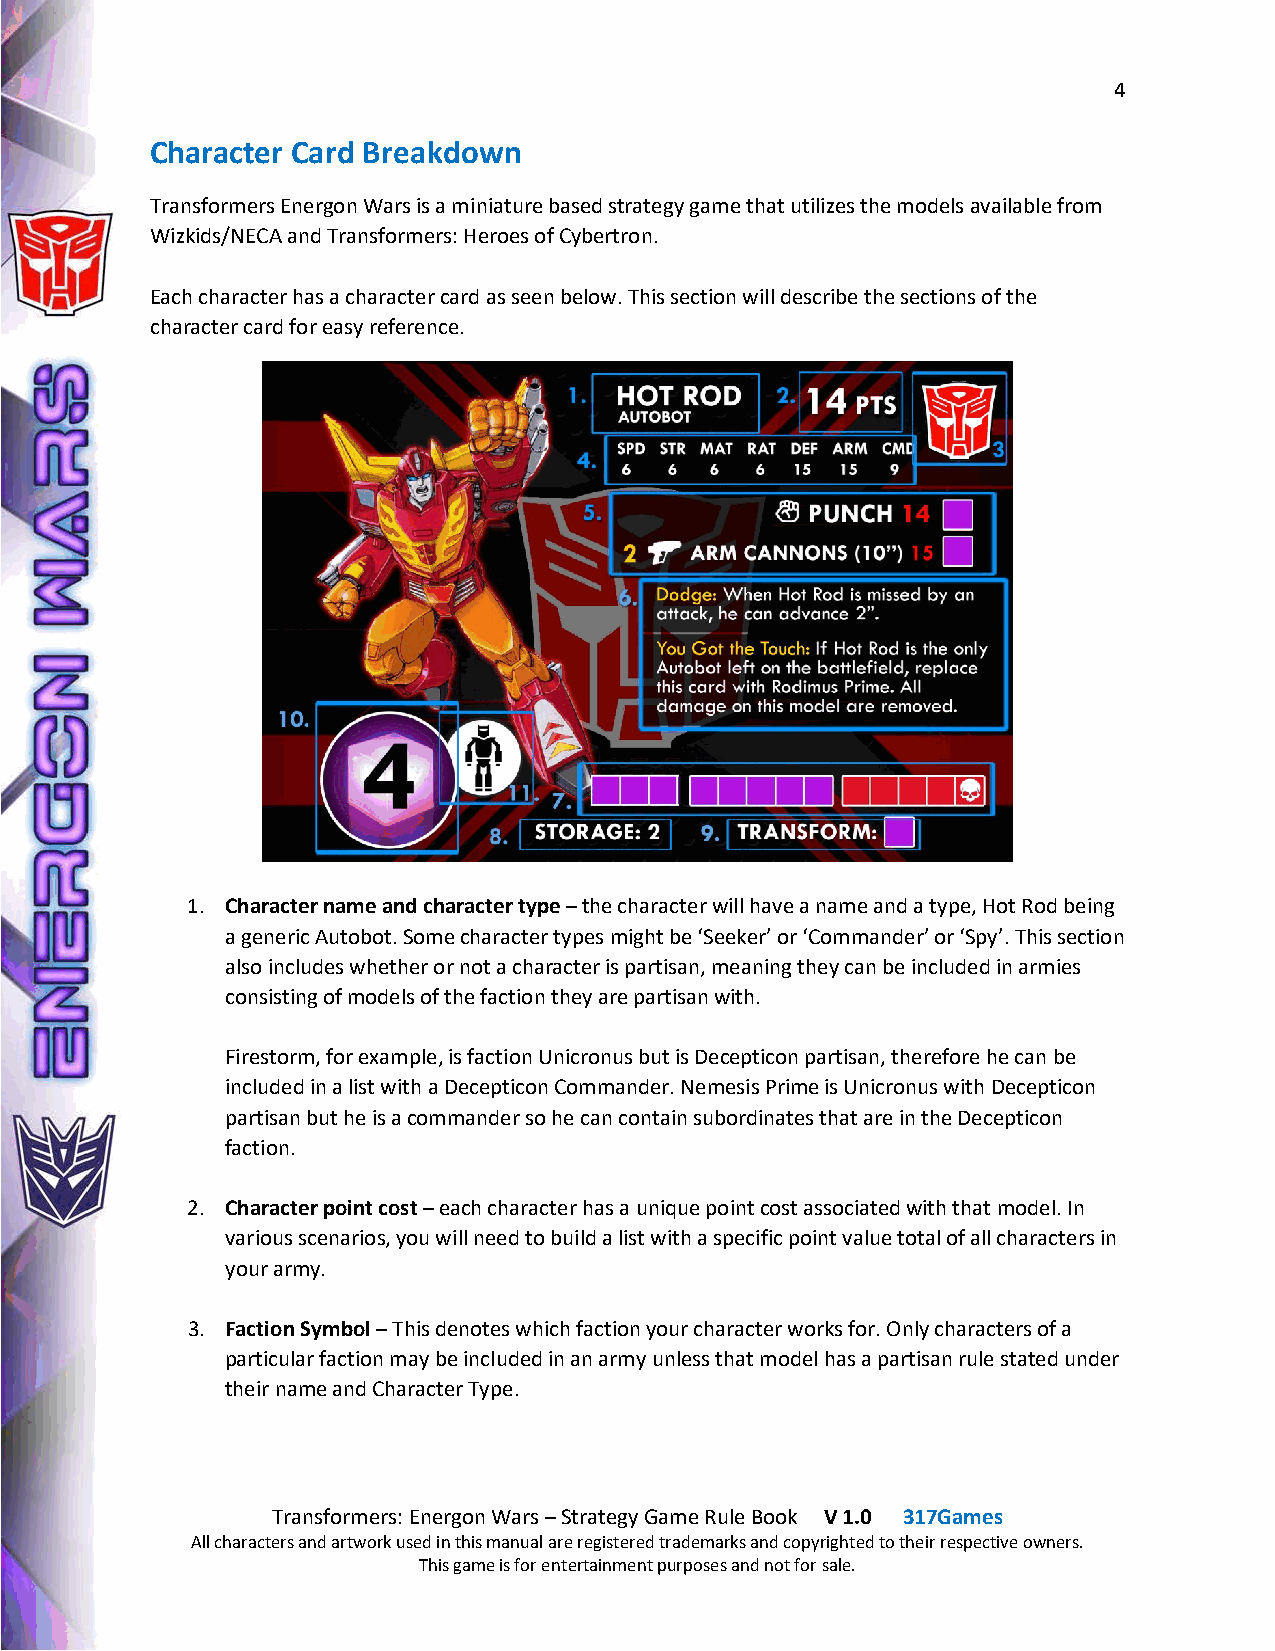
4
 Character Card Breakdown
 Transformers Energon Wars is a miniature based strategy game that utilizes the models available from
 Wizkids/NECA and Transformers: Heroes of Cybertron.
 Each character has a character card as seen below. This section will describe the sections of the
 character card for easy reference.
 1. Character name and character type – the character will have a name and a type, Hot Rod being
 a generic Autobot. Some character types might be ‘Seeker’ or ‘Commander’ or ‘Spy’. This section
 also includes whether or not a character is partisan, meaning they can be included in armies
 consisting of models of the faction they are partisan with.
 Firestorm, for example, is faction Unicronus but is Decepticon partisan, therefore he can be
 included in a list with a Decepticon Commander. Nemesis Prime is Unicronus with Decepticon
 partisan but he is a commander so he can contain subordinates that are in the Decepticon
 faction.
 2. Character point cost – each character has a unique point cost associated with that model. In
 various scenarios, you will need to build a list with a specific point value total of all characters in
 your army.
 3. Faction Symbol – This denotes which faction your character works for. Only characters of a
 particular faction may be included in an army unless that model has a partisan rule stated under
 their name and Character Type.
 Transformers: Energon Wars – Strategy Game Rule Book V 1.0 317Games
 All characters and artwork used in this manual are registered trademarks and copyrighted to their respective owners.
 This game is for entertainment purposes and not for sale.